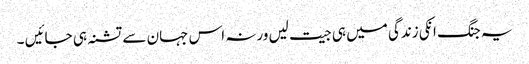
یہ جنگ انکی زندگی میں ہی جیت لیں ورنہ اس جہان سے تشنہ ہی جائیں ۔